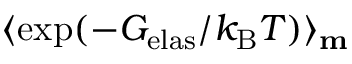
\langle \exp ( - G _ { \mathrm { e l a s } } / k _ { \mathrm { B } } T ) \rangle _ { \mathbf { m } }